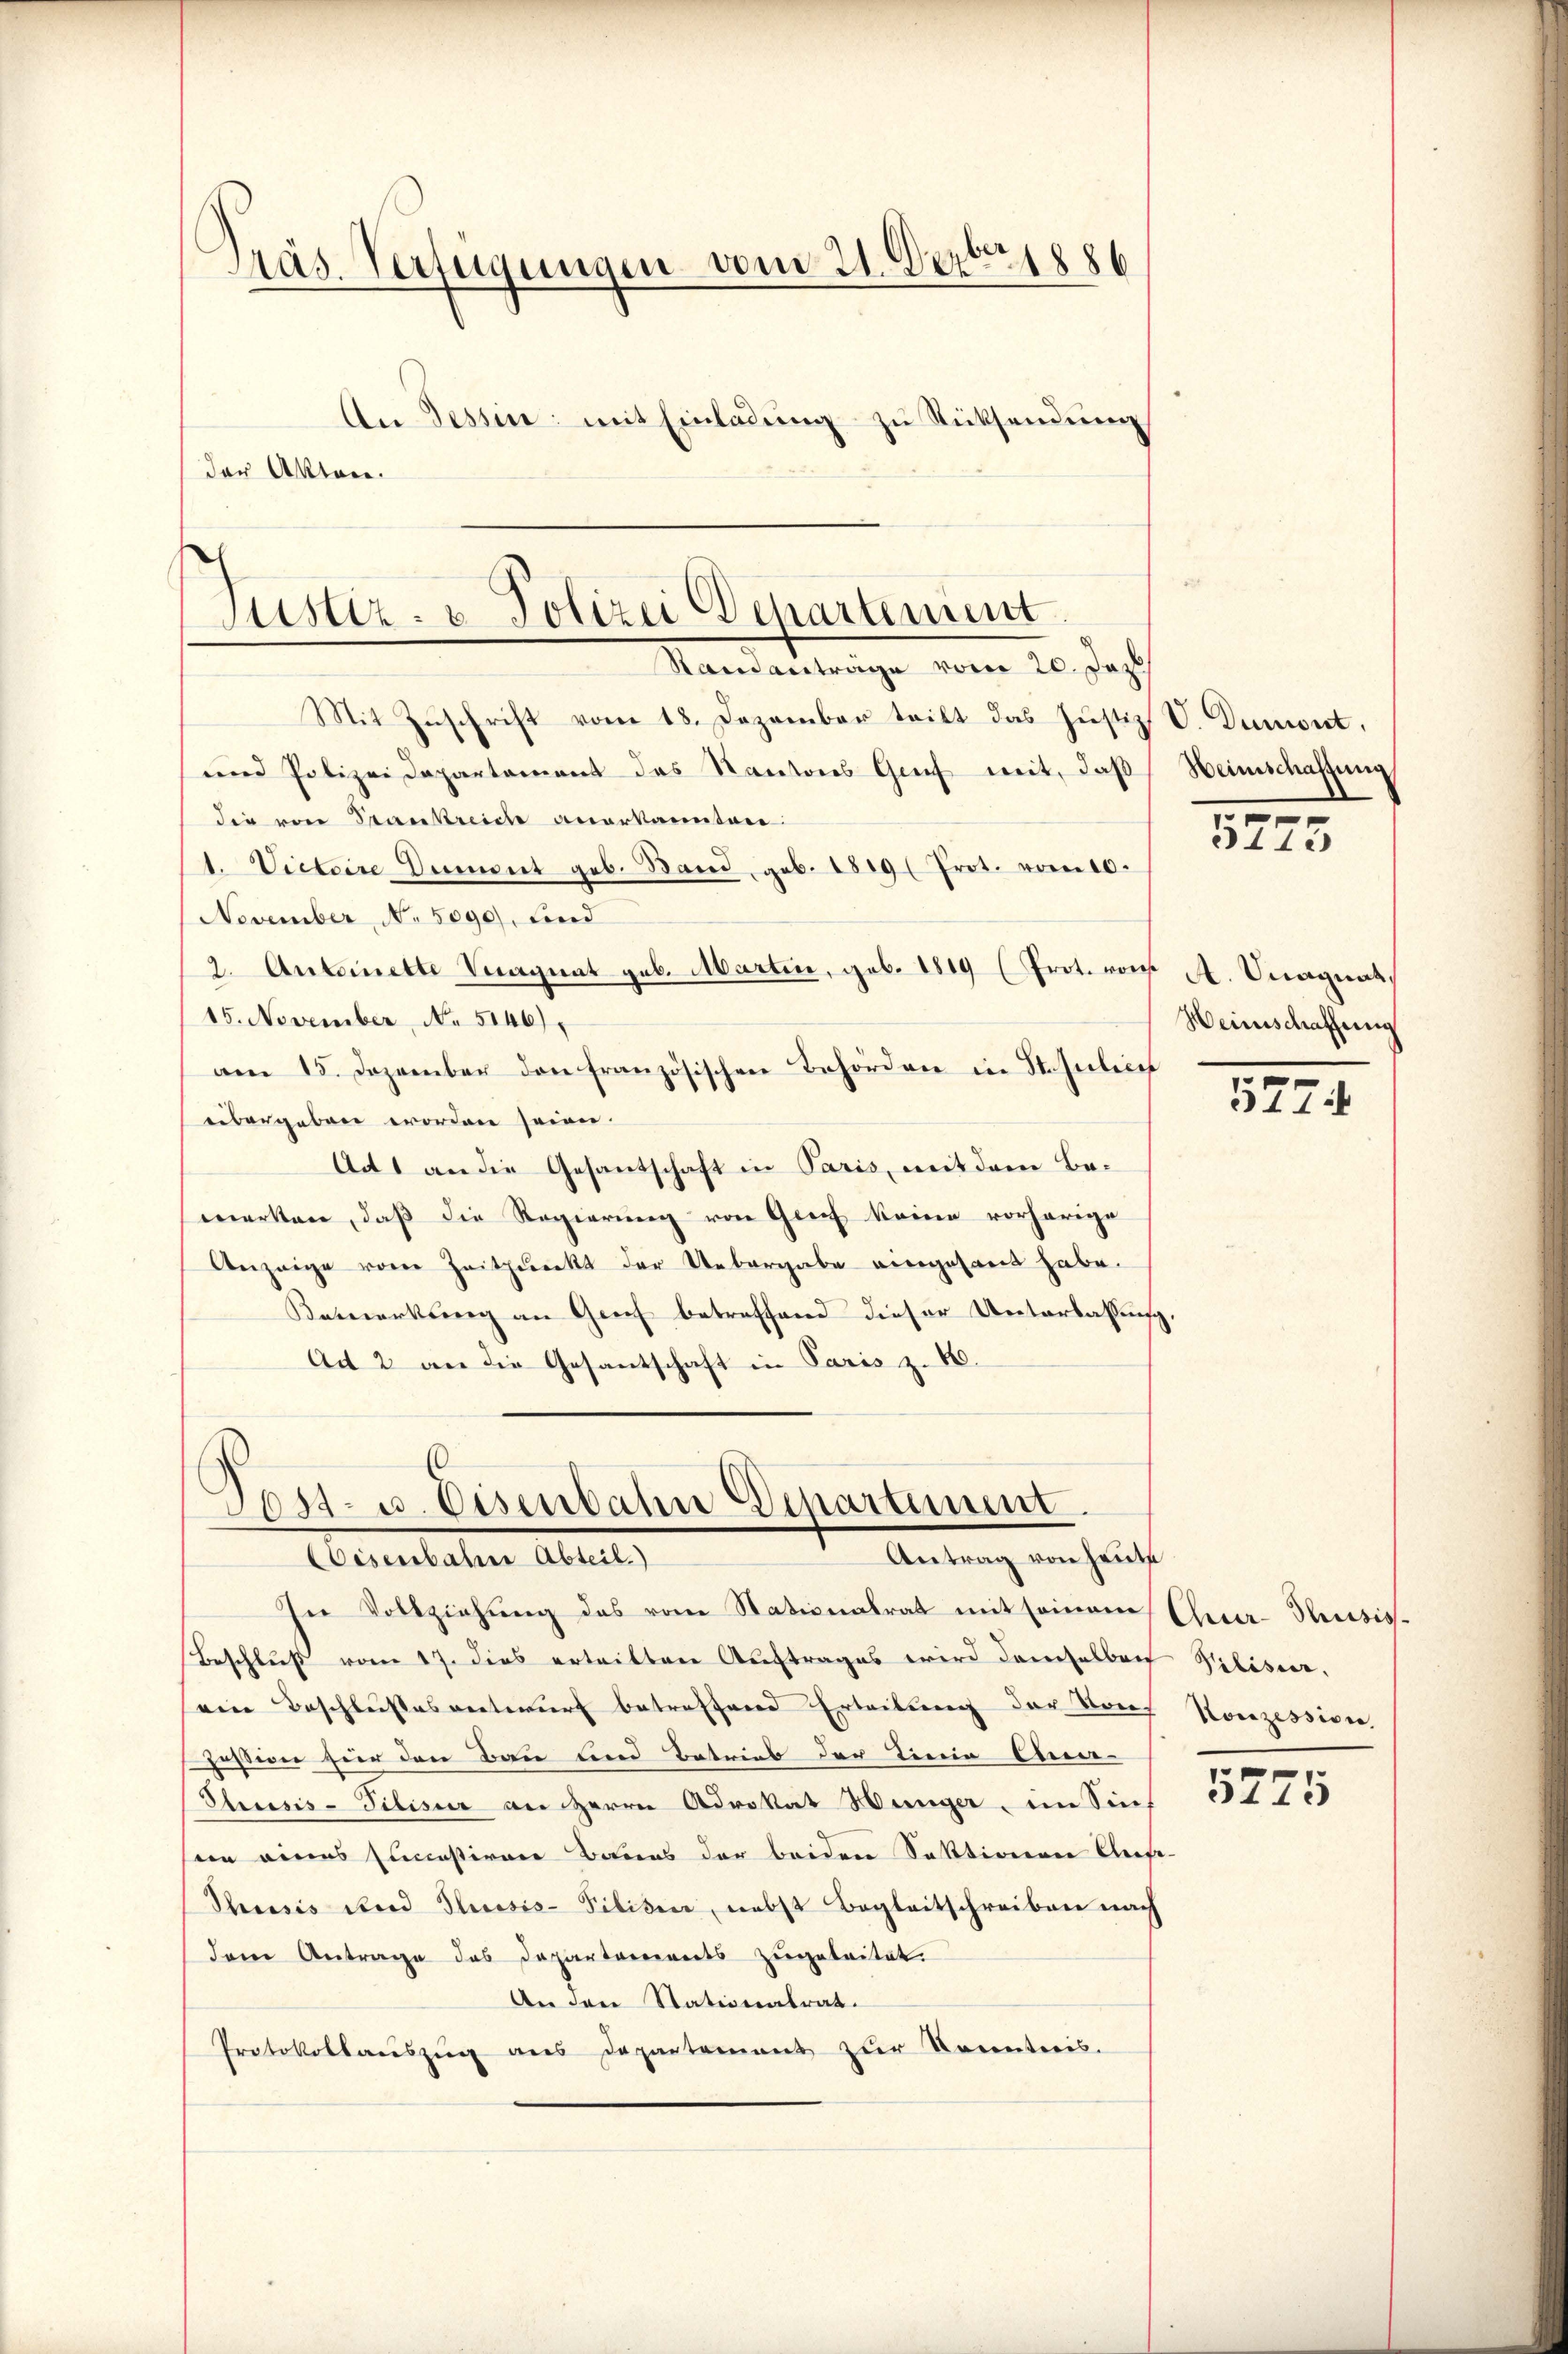
der Akten.

Präs. Verfügungen vom 21. Decbr 188
An Tessin: mit Einladung zu Rücksendung

Justiz- & Polizei Departement
Standanträge vom 20. Das

Mit Zŭschrift vom 18. Dezember teilt das Justiz V. Denwert,
und Polizeidepartement das Kantons Genf mit, daβ Heinschaffung
die von Trankreiche anerkannten.
1. Victoire Dumont geb. Band, geb. 1819 (Prot. vom 10.
November, No 5090), find
2. Antoinette Veragnat geb. Marten, geb. 1819 (Prot. von A. Magnat
15. November No. 5146)
am 15. Dezember den französischen Behörden in Stahelich
übergeben worden seien.
Ad 1 an die Gesantschaft in Paris, mit dem Bemerken, daß die Regierung von Greif keine vorherige
Anzeige vom Zeitpunkt der Uebergabe eingesant habe.
Bemerkung an Genf betreffend dieser Unterlassung.
Ad 2 an die Gesantschaft in Paris z. B.

Post- u. Eisenbahn Departement.
Antrag von heute
Gentalen Abteil,

Beschluß vom 17. dies ertritten Auftrages wird demselben Silisier.
sein Beschlussesentwurf betreffend Erteilung der Sonjession zur den Bau und Betrieb der Linie Eine-
Chiesis-Tilis an Herrn Advokat Münger, im Sin
sein eines succeßiven Baues der beiden Sektionen Auf-
Phrasis Stand Thusis- Piliten, nebst Begleitschreiben nach
dem Antrage des Departements zugeleitet.
An den Stationalrat.
Protokollaŭszŭg ans Departement zŭr Kenntnis.

In Vollziehung des vom Stationalrat mit seinem Cher-Thusis¬

14.)

Heinschaffung

5774

Konzession

5775